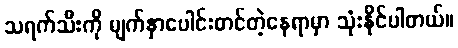
သရက်သီးကို မျက်နှာပေါင်းတင်တဲ့နေရာမှာ သုံးနိုင်ပါတယ်။